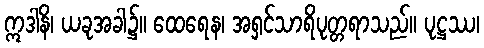
ဣဒါနိ၊ ယခုအခါ၌။ ထေရေန၊ အရှင်သာရိပုတ္တရာသည်။ ပုဋ္ဌဿ၊